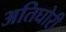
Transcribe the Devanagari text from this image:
अतिघोरी